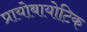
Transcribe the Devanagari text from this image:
प्रायोबायोटिक